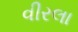
વીરલા